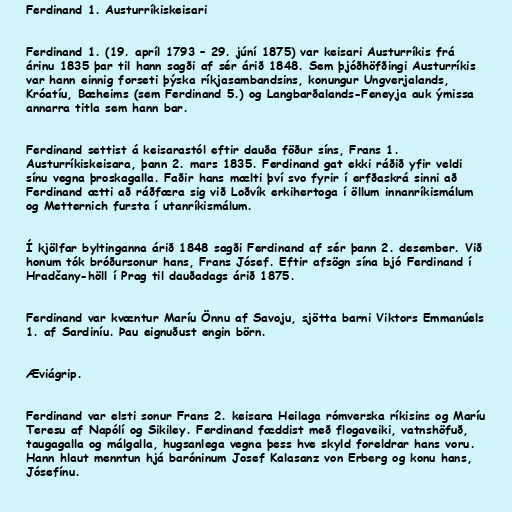
Ferdinand 1. Austurríkiskeisari

Ferdinand 1. (19. apríl 1793 – 29. júní 1875) var keisari Austurríkis frá
árinu 1835 þar til hann sagði af sér árið 1848. Sem þjóðhöfðingi Austurríkis
var hann einnig forseti þýska ríkjasambandsins, konungur Ungverjalands,
Króatíu, Bæheims (sem Ferdinand 5.) og Langbarðalands-Feneyja auk ýmissa
annarra titla sem hann bar.

Ferdinand settist á keisarastól eftir dauða föður síns, Frans 1.
Austurríkiskeisara, þann 2. mars 1835. Ferdinand gat ekki ráðið yfir veldi
sínu vegna þroskagalla. Faðir hans mælti því svo fyrir í erfðaskrá sinni að
Ferdinand ætti að ráðfæra sig við Loðvík erkihertoga í öllum innanríkismálum
og Metternich fursta í utanríkismálum.

Í kjölfar byltinganna árið 1848 sagði Ferdinand af sér þann 2. desember. Við
honum tók bróðursonur hans, Frans Jósef. Eftir afsögn sína bjó Ferdinand í
Hradčany-höll í Prag til dauðadags árið 1875.

Ferdinand var kvæntur Maríu Önnu af Savoju, sjötta barni Viktors Emmanúels
1. af Sardiníu. Þau eignuðust engin börn.

Æviágrip.

Ferdinand var elsti sonur Frans 2. keisara Heilaga rómverska ríkisins og Maríu
Teresu af Napólí og Sikiley. Ferdinand fæddist með flogaveiki, vatnshöfuð,
taugagalla og málgalla, hugsanlega vegna þess hve skyld foreldrar hans voru.
Hann hlaut menntun hjá baróninum Josef Kalasanz von Erberg og konu hans,
Jósefínu.